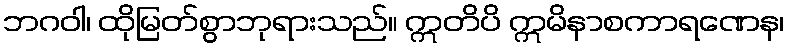
ဘဂဝါ၊ ထိုမြတ်စွာဘုရားသည်။ ဣတိပိ ဣမိနာစကာရဏေန၊